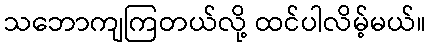
သဘောကျကြတယ်လို့ ထင်ပါလိမ့်မယ်။